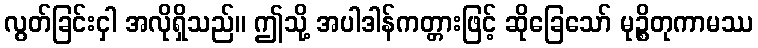
လွတ်ခြင်းငှါ အလိုရှိသည်။ ဤသို့ အပါဒါန်ကတ္တားဖြင့် ဆိုခြေသော် မုဉ္စိတုကာမဿ